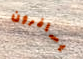
يسافرون